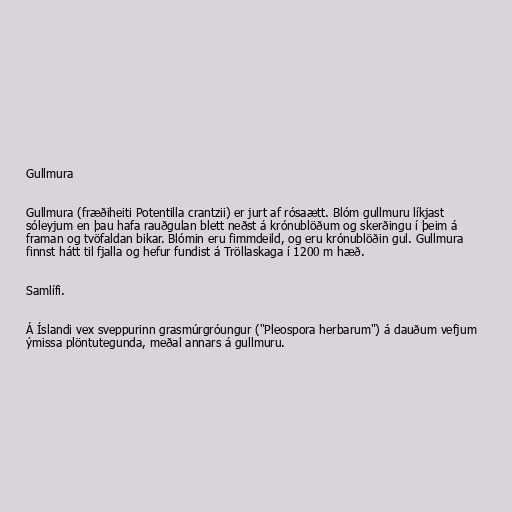
Gullmura

Gullmura (fræðiheiti Potentilla crantzii) er jurt af rósaætt. Blóm gullmuru líkjast
sóleyjum en þau hafa rauðgulan blett neðst á krónublöðum og skerðingu í þeim á
framan og tvöfaldan bikar. Blómin eru fimmdeild, og eru krónublöðin gul. Gullmura
finnst hátt til fjalla og hefur fundist á Tröllaskaga í 1200 m hæð.

Samlífi.

Á Íslandi vex sveppurinn grasmúrgróungur ("Pleospora herbarum") á dauðum vefjum
ýmissa plöntutegunda, meðal annars á gullmuru.